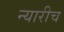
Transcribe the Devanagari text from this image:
न्यारीच